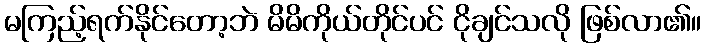
မကြည့်ရက်နိုင်တော့ဘဲ မိမိကိုယ်တိုင်ပင် ငိုချင်သလို ဖြစ်လာ၏။